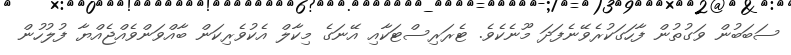
ސަބަބުން ވަގުތުން ފާހަގަކުރެވޭނެފަދަ މޫނެކެވެ. ޓެރަރިސްޓަކާއި އޭނަގެ މިކާލް އެކުވެރިކަން ބާއްވަންވެއްޖެއްޔާ ފުލުހުން